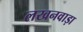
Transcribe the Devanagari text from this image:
लखनवाड़ा